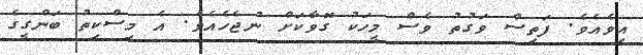
އިވެއެވެ. ފަތިސް ވަގުތު ވެސް މީހަކު ގޮވާކަށް ނުޖެހެއެވެ. އެ މިސްކިތު ބަންގީގެ